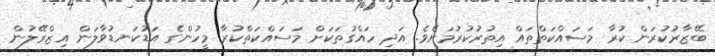
ބޭޒާރުކުރަން ކުރާ މަސައްކަތްތައް އިތުރުކުރުމަށެވެ. އަދި ހައްގުތަކަށް މަސައްކަތްކުރާ މީހުންގެ އަޑުކަނޑުވާލަން އިޒްރޭލުން